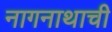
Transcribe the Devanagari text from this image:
नागनाथाची